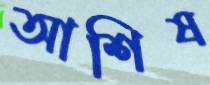
আশিষ